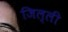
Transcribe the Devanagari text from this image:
जिल्ली